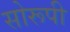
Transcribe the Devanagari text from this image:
सोरूपी